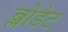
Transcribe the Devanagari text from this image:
ब्लोंडेट